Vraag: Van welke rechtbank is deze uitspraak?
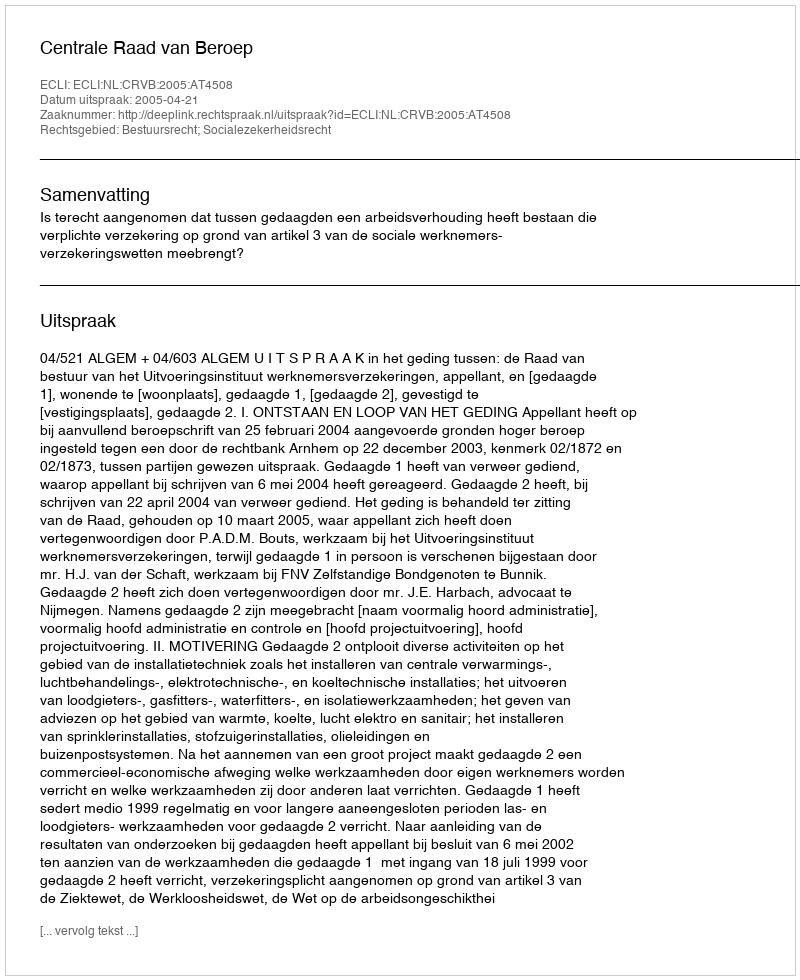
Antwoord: Centrale Raad van Beroep